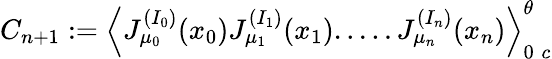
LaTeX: C_{n+1}:=\Big\langle J_{\mu_{0}}^{(I_{0})}(x_{0})J_{\mu_{1}}^{(I_{1})}(x_{1}).....J_{\mu_{n}}^{(I_{n})}(x_{n})\Big\rangle_{0\; c}^{\theta}